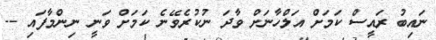
ނައިބު ރައީސް ކަމަށް އަލްހާނަށް ވާދަ ނުކުރެވޭނެ ކަމަށް ވަނީ ނިންމާފައި --